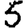
Digit: 5